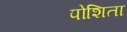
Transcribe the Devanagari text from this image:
पोशिता